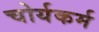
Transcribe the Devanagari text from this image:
चोर्यकर्म